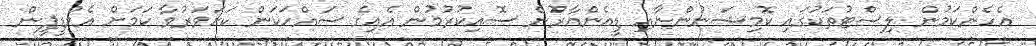
އެހެންކަމުން ލިސްޓުތަކުގައި ކޮމިޝަނުންނާއި ޑީއެންއާރުން ސޮއިކުރުމުން އެއިގެ ސައްހަކަން ކަށަވަރުވާ ކަމަށް އެމްޑީޕީން